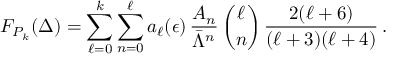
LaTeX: F _ { P _ { k } } ( \Delta ) = \sum _ { \ell = 0 } ^ { k } \sum _ { n = 0 } ^ { \ell } a _ { \ell } ( \epsilon ) \, { \frac { A _ { n } } { \bar { \Lambda } ^ { n } } } \, { \binom { \ell } { n } } \, { \frac { 2 ( \ell + 6 ) } { ( \ell + 3 ) ( \ell + 4 ) } } \, .